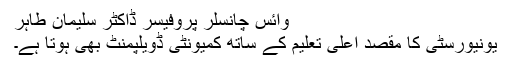
وائس چانسلر پروفیسر ڈاکٹر سلیمان طاہر
یونیورسٹی کا مقصد اعلی تعلیم کے ساتھ کمیونٹی ڈویلپمنٹ بھی ہوتا ہے۔